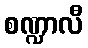
စဏ္ဍာလီ